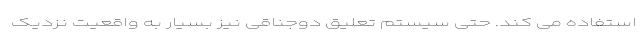
استفاده می کند. حتی سیستم تعلیق دوجناقی نیز بسیار به واقعیت نزدیک